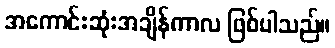
အကောင်းဆုံးအချိန်ကာလ ဖြစ်ပါသည်။